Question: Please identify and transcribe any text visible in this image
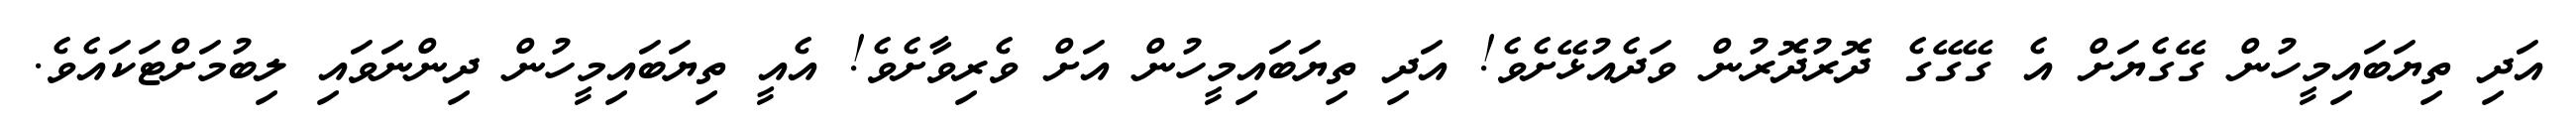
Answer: އަދި ތިޔަބައިމީހުން ގޭގެޔަށް އެ ގޭގޭގެ ދޮރުދޮރުން ވަދެއުޅޭށެވެ! އަދި ތިޔަބައިމީހުން އަށް ވެރިވާށެވެ! އެއީ ތިޔަބައިމީހުން ދިންނަވައި ލިބުމަށްޓަކައެވެ.